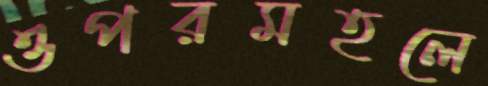
ওপরমহলে